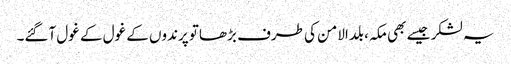
یہ لشکر جیسے بھی مکہ، بلدالامن کی طرف بڑھاتو پرندوں کے غول کے غول آگئے۔